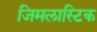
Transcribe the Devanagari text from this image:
जिमलास्टिक